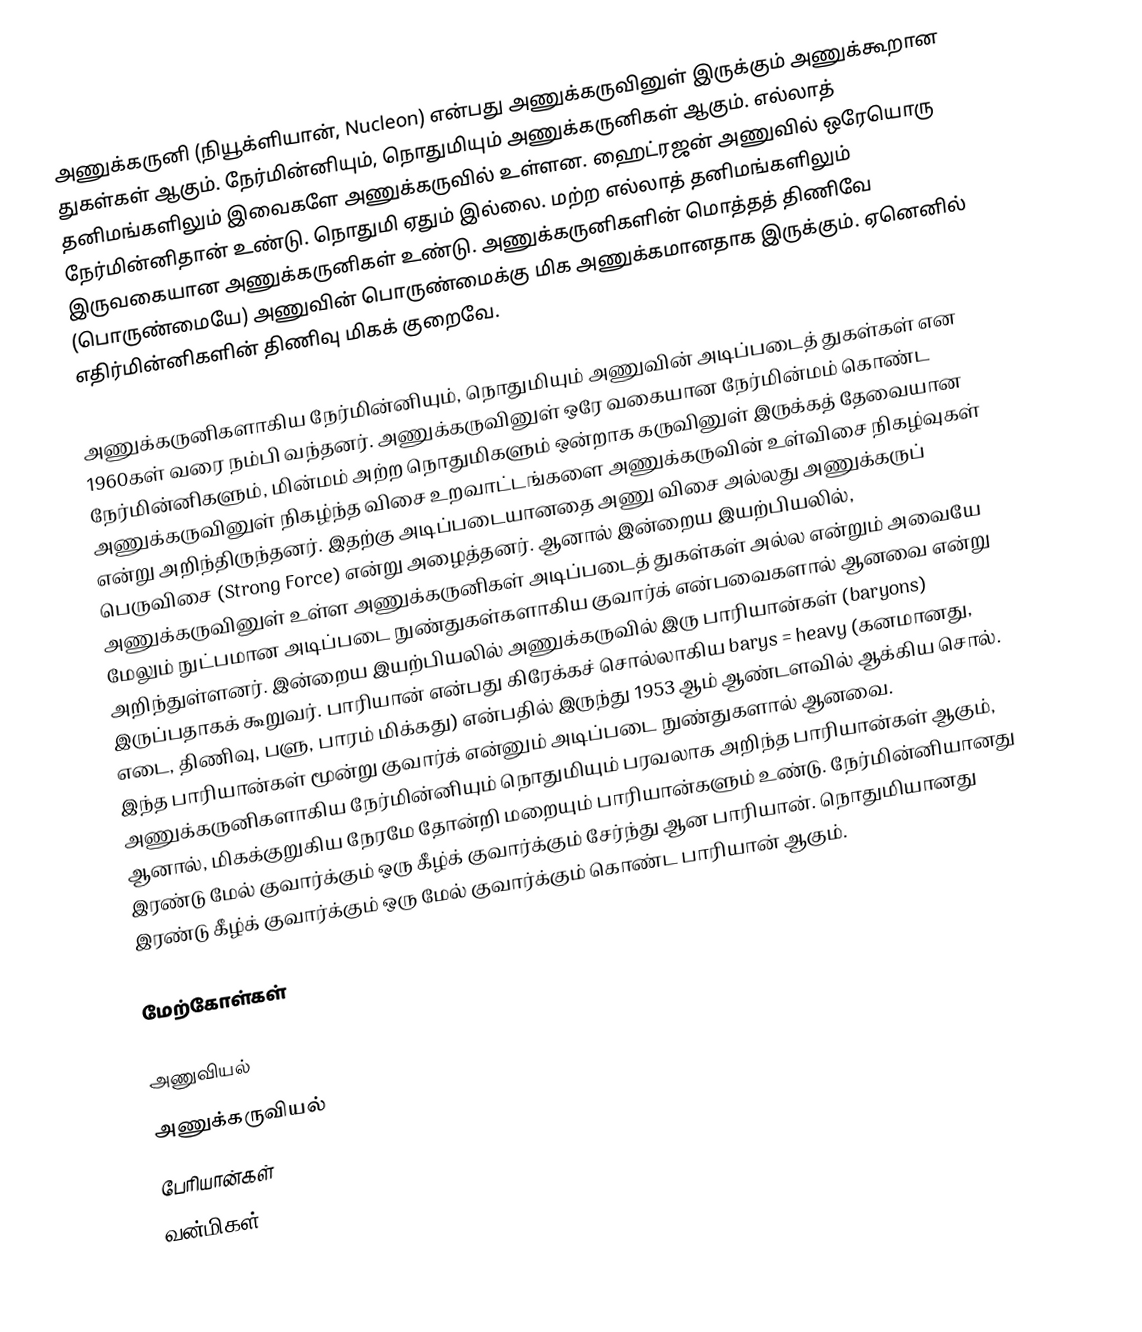
அணுக்கருனி (நியூக்ளியான், Nucleon) என்பது அணுக்கருவினுள் இருக்கும் அணுக்கூறான துகள்கள் ஆகும். நேர்மின்னியும், நொதுமியும் அணுக்கருனிகள் ஆகும். எல்லாத் தனிமங்களிலும் இவைகளே அணுக்கருவில் உள்ளன. ஹைட்ரஜன் அணுவில் ஒரேயொரு நேர்மின்னிதான் உண்டு. நொதுமி ஏதும் இல்லை. மற்ற எல்லாத் தனிமங்களிலும் இருவகையான அணுக்கருனிகள் உண்டு. அணுக்கருனிகளின் மொத்தத் திணிவே (பொருண்மையே) அணுவின் பொருண்மைக்கு மிக அணுக்கமானதாக இருக்கும். ஏனெனில் எதிர்மின்னிகளின் திணிவு மிகக் குறைவே.

அணுக்கருனிகளாகிய நேர்மின்னியும், நொதுமியும் அணுவின் அடிப்படைத் துகள்கள் என 1960கள் வரை நம்பி வந்தனர். அணுக்கருவினுள் ஒரே வகையான நேர்மின்மம் கொண்ட நேர்மின்னிகளும், மின்மம் அற்ற நொதுமிகளும் ஒன்றாக கருவினுள் இருக்கத் தேவையான அணுக்கருவினுள் நிகழ்ந்த விசை உறவாட்டங்களை அணுக்கருவின் உள்விசை நிகழ்வுகள் என்று அறிந்திருந்தனர். இதற்கு அடிப்படையானதை அணு விசை அல்லது அணுக்கருப் பெருவிசை (Strong Force) என்று அழைத்தனர். ஆனால் இன்றைய இயற்பியலில், அணுக்கருவினுள் உள்ள அணுக்கருனிகள் அடிப்படைத் துகள்கள் அல்ல என்றும் அவையே மேலும் நுட்பமான அடிப்படை நுண்துகள்களாகிய குவார்க் என்பவைகளால் ஆனவை என்று அறிந்துள்ளனர். இன்றைய இயற்பியலில் அணுக்கருவில் இரு பாரியான்கள் (baryons) இருப்பதாகக் கூறுவர். பாரியான் என்பது கிரேக்கச் சொல்லாகிய barys = heavy (கனமானது, எடை, திணிவு, பளு, பாரம் மிக்கது) என்பதில் இருந்து 1953 ஆம் ஆண்டளவில் ஆக்கிய சொல். இந்த பாரியான்கள் மூன்று குவார்க் என்னும் அடிப்படை நுண்துகளால் ஆனவை. அணுக்கருனிகளாகிய நேர்மின்னியும் நொதுமியும் பரவலாக அறிந்த பாரியான்கள் ஆகும், ஆனால், மிகக்குறுகிய நேரமே தோன்றி மறையும் பாரியான்களும் உண்டு. நேர்மின்னியானது இரண்டு மேல் குவார்க்கும் ஒரு கீழ்க் குவார்க்கும் சேர்ந்து ஆன பாரியான். நொதுமியானது இரண்டு கீழ்க் குவார்க்கும் ஒரு மேல் குவார்க்கும் கொண்ட பாரியான் ஆகும்.

மேற்கோள்கள்

அணுவியல்
அணுக்கருவியல்
பேரியான்கள்
வன்மிகள்